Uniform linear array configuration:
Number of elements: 4
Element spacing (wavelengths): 0.5
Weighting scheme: blackman
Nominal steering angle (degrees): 0
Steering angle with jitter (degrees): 1.505
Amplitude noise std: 0.05
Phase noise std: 0.05

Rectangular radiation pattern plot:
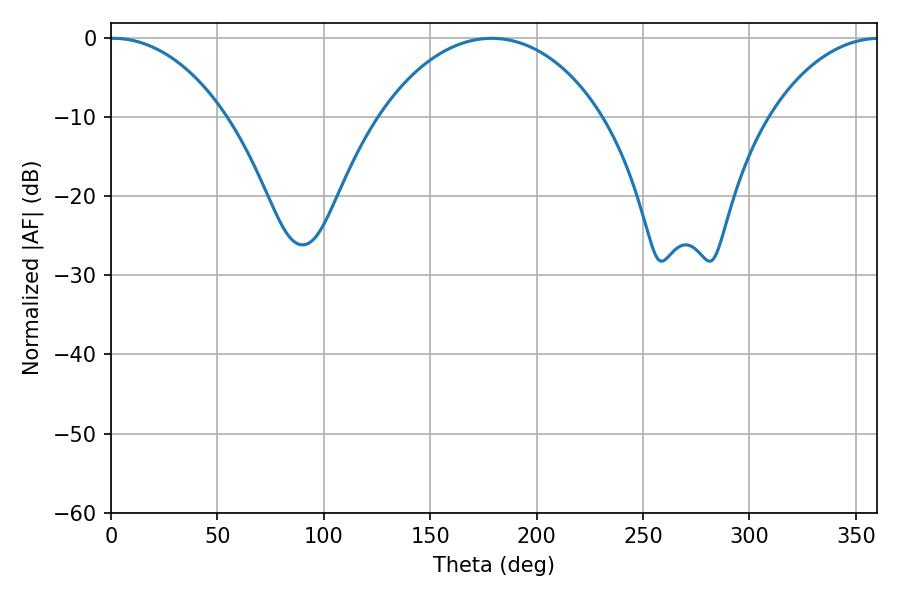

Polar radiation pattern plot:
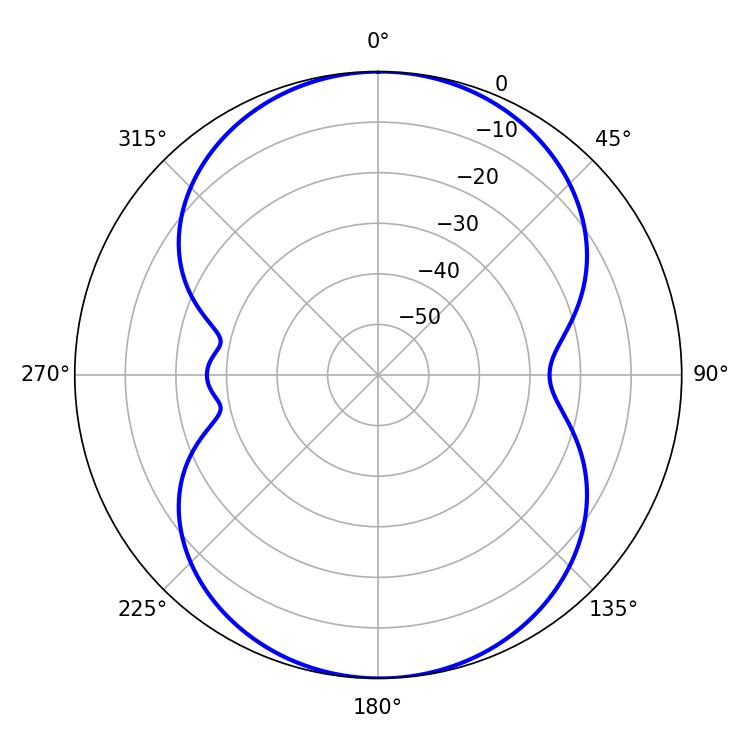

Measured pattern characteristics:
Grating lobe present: FALSE
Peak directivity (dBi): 15.667
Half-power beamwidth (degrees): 31.32
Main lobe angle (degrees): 1.08